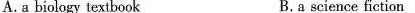
A.a biology textbook B.a science fiction